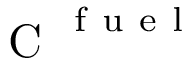
\mathrm { ~ C ~ } ^ { \mathrm { ~ f ~ u ~ e ~ l ~ } }